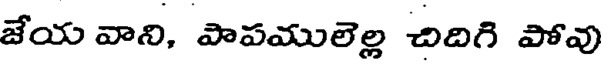
జేయ వాని, పాపములెల్ల చిదిగి పోవు